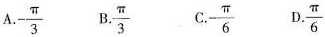
A.- \frac{π}{3} B. \frac{π}{3} C.- \frac{π}{6} D.\frac{π}{6}